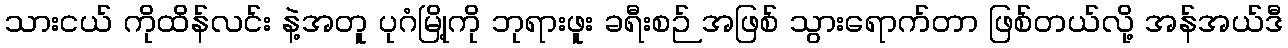
သားငယ် ကိုထိန်လင်း နဲ့အတူ ပုဂံမြို့ကို ဘုရားဖူး ခရီးစဉ် အဖြစ် သွားရောက်တာ ဖြစ်တယ်လို့ အန်အယ်ဒီ